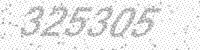
Solution: 325305